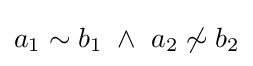
a_{1}\sim b_{1}~\land ~a_{2}\not \sim b_{2}